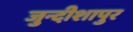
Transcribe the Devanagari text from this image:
जुन्दीशापुर